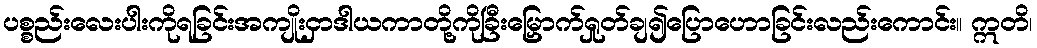
ပစ္စည်းလေးပါးကိုရခြင်းအကျိုးငှာဒါယကာတို့ကိုခြီးမြှောက်ရှုတ်ချ၍ပြောဟောခြင်းလည်းကောင်း။ ဣတိ၊